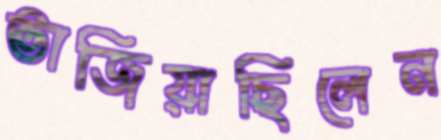
ভাজিয়াছিলেন